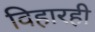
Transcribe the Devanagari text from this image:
विहारही